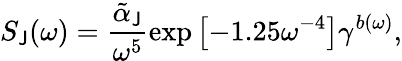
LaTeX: S_{\mathsf{J}}(\omega)=\frac{{\tilde{{\alpha}}_{\mathsf{J}}}}{{\omega^{5}}}\exp{\left[-1.25\omega^{-4}\right]}\gamma^{b(\omega)},